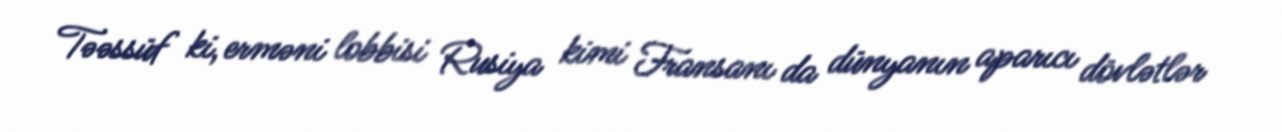
Təəssüf ki, erməni lobbisi Rusiya kimi Fransanı da dünyanın aparıcı dövlətlər